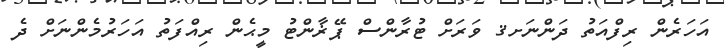
އަހަރެން ރިފްއަތު ދަންނަށޤ ވަރަށް ޓުރާންސް ޕޭޜާންޓު މީޙެން ރިއްފަތު އަހަރުމެންނަށް ދެ